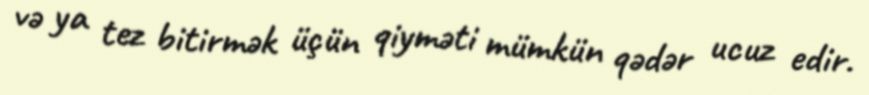
və ya tez bitirmək üçün qiyməti mümkün qədər ucuz edir.